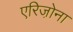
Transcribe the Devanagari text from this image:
एरिजो़ना